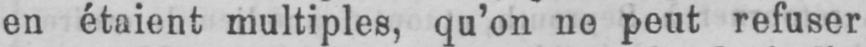
en étaient multiples, qu’on ne peut refuser